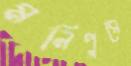
মনিপুরে